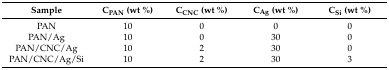
| Sample | CPAN (wt %) | CCNC (wt %) | CAg (wt %) | CSi (wt %) |
 | --- | --- | --- | --- | --- |
 | PAN | 10 | 0 | 0 | 0 |
 | PAN/Ag | 10 | 0 | 30 | 0 |
 | PAN/CNC/Ag | 10 | 2 | 30 | 0 |
 | PAN/CNC/Ag/Si | 10 | 2 | 30 | 3 |